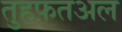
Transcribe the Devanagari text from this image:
तुहफ़तअल